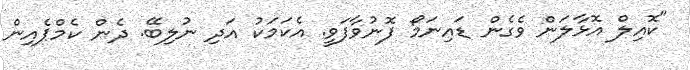
"ކޮއިލް އޮޅާލަން ވެގެން ޑައިނަމޯ ފޮނުވާފަވީ. އެކަމަކު އަދި ނުލިބޭ. ދެން ކެމްޕެއިން